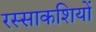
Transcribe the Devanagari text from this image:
रस्साकशियों